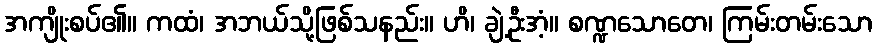
အကျိုးစပ်၏။ ကထံ၊ အဘယ်သို့ဖြစ်သနည်း။ ဟိ၊ ချဲ့ဦးအံ့။ စဏ္ဍသောတေ၊ ကြမ်းတမ်းသော